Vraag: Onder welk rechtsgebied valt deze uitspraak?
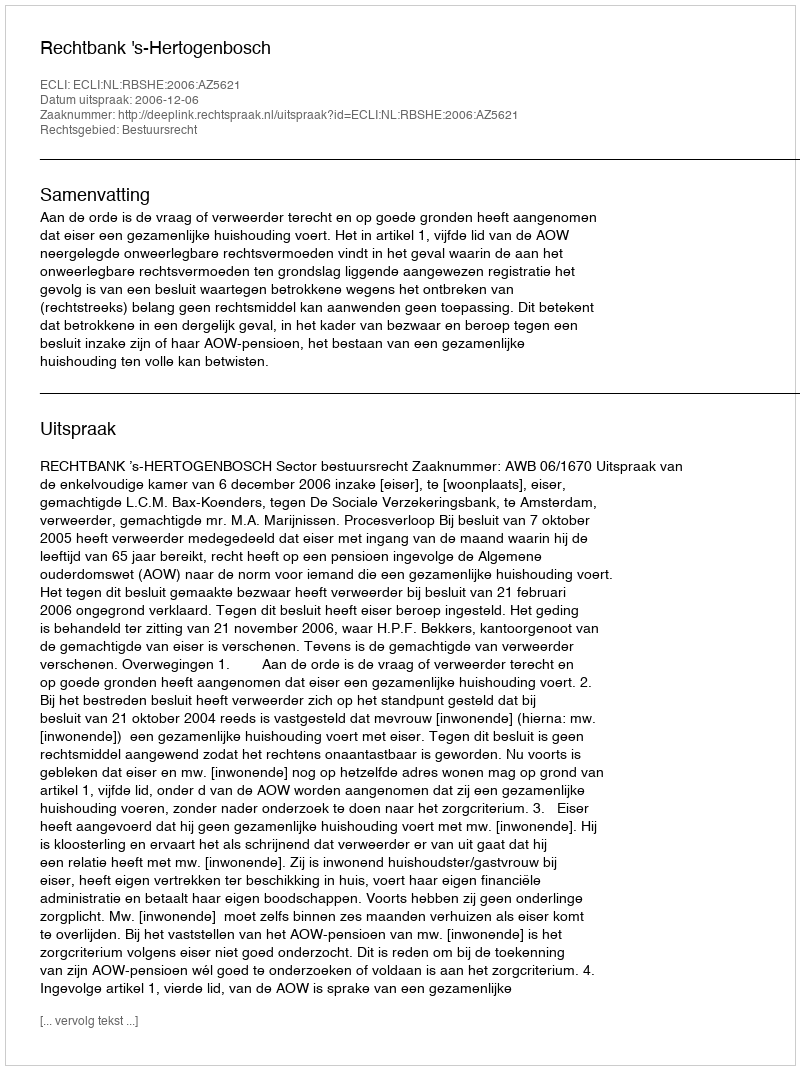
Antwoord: Bestuursrecht